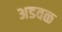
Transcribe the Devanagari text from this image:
अडवळ